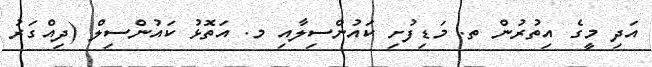
އަދި މީގެ އިތުރުން ތ. މަޑިފުށި ކައުންސިލާއި މ. އަތޮޅު ކައުންސިލް (ދިއްގަރު